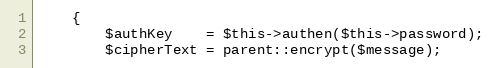
Language: PHP
    {
        $authKey    = $this->authen($this->password);
        $cipherText = parent::encrypt($message);